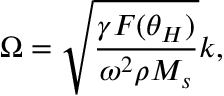
\Omega = \sqrt \frac { \gamma F ( \theta _ { H } ) } { \omega ^ { 2 } \rho M _ { s } } k ,